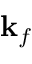
{ \bf k } _ { f }